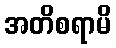
အတိစရာမိ